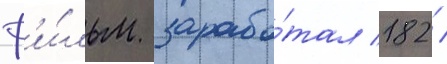
ф'и́льм зарабо́тал 182 /